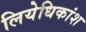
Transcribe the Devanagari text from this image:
लियेधिकांश